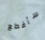
سأقطع